Lunatic asylums Punjab 1895-1910 - 1895-1910
Year: 1895
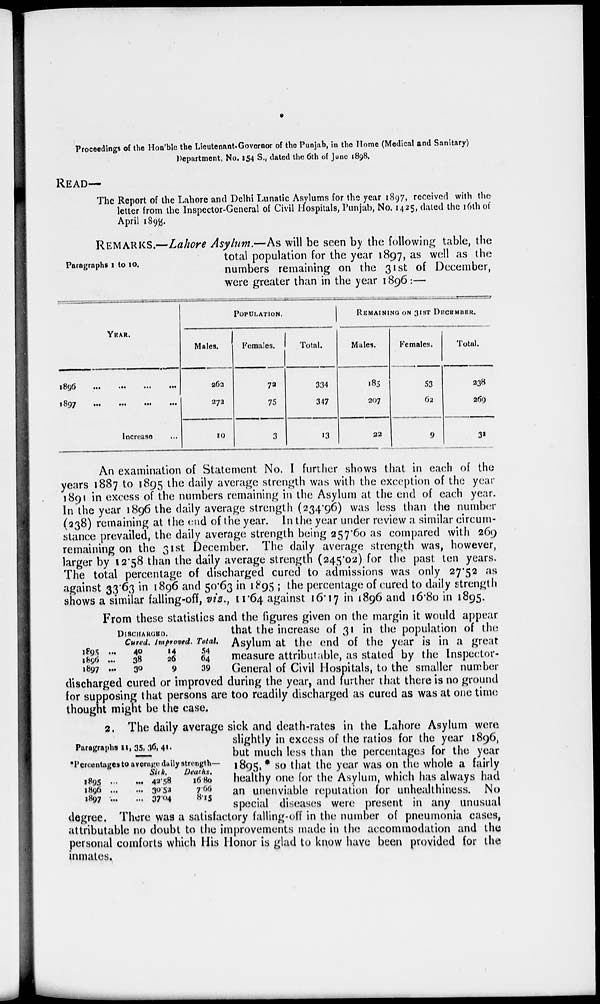
1
Proceedings of the Hon'ble the Lieutenant-Governor of the Punjab, in the Home (Medical and Sanitary)
Department, No. 154 S., dated the 6th of June 1898.
READ—
The Report of the Lahore and Delhi Lunatic Asylums for the year 1897, received with the
letter from the Inspector-General of Civil Hospitals, Punjab, No. 1425, dated the 16th of
April 1898.
Paragraphs 1 to 10.
REMARKS.—Lahore Asylum.—As will be seen by the following table, the
total population for the year 1897, as well as the
numbers remaining on the 31st of December,
were greater than in the year 1896:—
YEAR.
1896
...
...
...
...
1897
...
...
...
...
Increase ...
POPULATION.
Males.
263
272
10
Females.
72
75
3
Total.
334
347
13
REMAINING ON 31ST DECEMBER.
Males.
185
207
22
Females.
53
62
9
Total.
238
269
31
An examination of Statement No. I further shows that in each of the
years 1887 to 1895 the daily average strength was with the exception of the year
1891 in excess of the numbers remaining in the Asylum at the end of each year.
In the year 1896 the daily average strength (234.96) was less than the number
(238) remaining at the end of the year. In the year under review a similar circum-
stance prevailed, the daily average strength being 257.60 as compared with 269
remaining on the 31st December. The daily average strength was, however,
larger by 12.58 than the daily average strength (245.02) for the past ten years.
The total percentage of discharged cured to admissions was only 27.52 as
against 33.63 in 1896 and 50.63 in 1895 ; the percentage of cured to daily strength
shows a similar falling-off, viz., 11.64 against 16.17 in 1896 and 16.80 in 1895.
From these statistics and the figures given on the margin it would appear
that the increase of 31 in the population of the
Asylum at the end of the year is in a great
measure attributable, as stated by the Inspector-
General of Civil Hospitals, to the smaller number
discharged cured or improved during the year, and further that there is no ground
for supposing that persons are too readily discharged as cured as was at one time
thought might be the case.
1895
1896
1897
DISCHARGED.
Cured.
... 40
... 38
...
30
Improved.
14
26
9
Total.
54 64
39
2. The daily average sick and death-rates in the Lahore Asylum were
slightly in excess of the ratios for the year 1896,
but much less than the percentages for the year
1895, * so that the year was on the whole a fairly
healthy one for the Asylum, which has always had
an unenviable reputation for unhealthiness. No
special diseases were present in any unusual
degree. There was a satisfactory falling-off in the number of pneumonia cases,
attributable no doubt to the improvements made in the accommodation and the
personal comforts which His Honor is glad to know have been provided for the
inmates.
Paragraphs 11, 35t 36, 41.
* Percentages to average daily strength—
1895 ...
...
1896 ... ...
1897 ... ...
Sick.
42.58
30.52
37.04
Deaths.
16.80
7.66
8.15